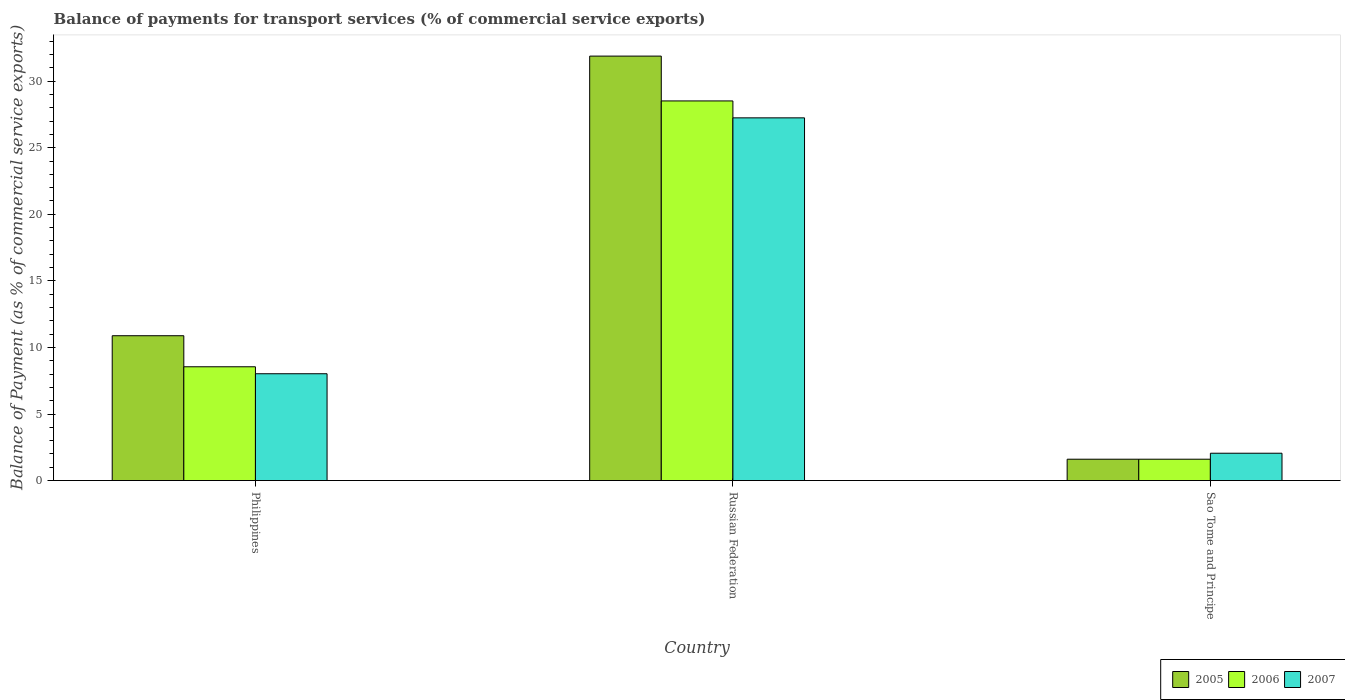
| Country | 2005 | 2006 | 2007 |
 | --- | --- | --- | --- |
 | Philippines | 10.9 | 8.55 | 8.02 |
 | Russian Federation | 31.9 | 28.5 | 27.2 |
 | Sao Tome and Principe | 1.61 | 1.61 | 2.05 |